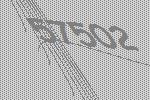
57502